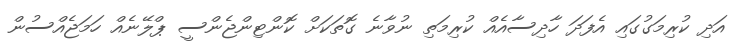
އަދި ކުރިމަގުގައި އެފަދަ ހާދިސާއެއް ކުރިމަތި ނުވާނެ ގޮތަކަށް ކޮންޓިންޖެންސީ ޕްލޭނެއް ހަމަޖެއްސުން